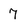
Character: 7